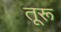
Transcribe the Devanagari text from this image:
तूरू